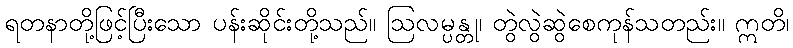
ရတနာတို့ဖြင့်ပြီးသော ပန်းဆိုင်းတို့သည်။ ဩလမ္ပန္တု၊ တွဲလွဲဆွဲစေကုန်သတည်း။ ဣတိ၊